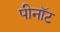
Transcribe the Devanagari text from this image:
पीनॉट